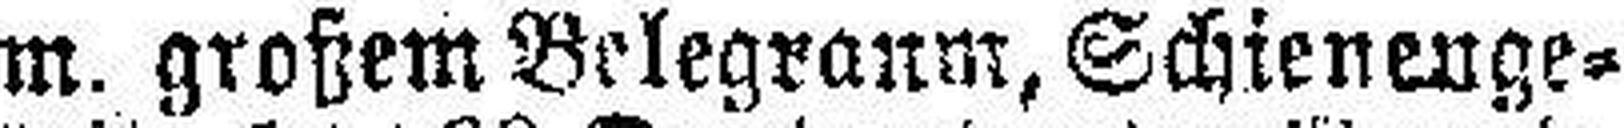
m. großem Belegranm, Schienenge¬